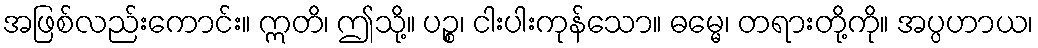
အဖြစ်လည်းကောင်း။ ဣတိ၊ ဤသို့။ ပဉ္စ၊ ငါးပါးကုန်သော။ ဓမ္မေ၊ တရားတို့ကို။ အပ္ပဟာယ၊